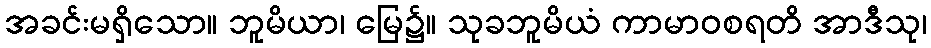
အခင်းမရှိသော။ ဘူမိယာ၊ မြေ၌။ သုခဘူမိယံ ကာမာဝစရတိ အာဒီသု၊